Epidemic dropsy in Calcutta - Number 45
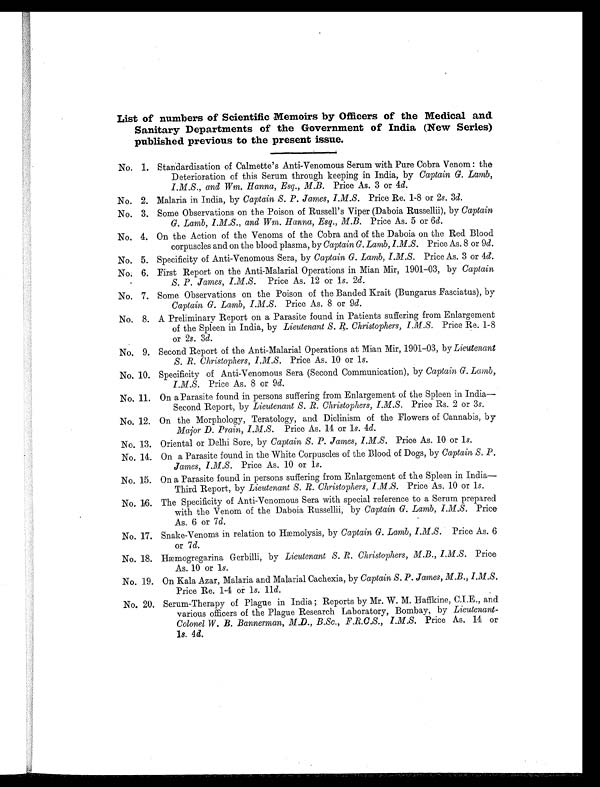
List of numbers of Scientific Memoirs by Officers of the Medical and
Sanitary Departments of the Government of India (New Series)
published previous to the present issue.
No. 1. Standardisation of Calmette's Anti-Venomous Serum with Pure Cobra Venom : the
Deterioration of this Serum through keeping in India, by Captain G. Lamb,
I. M. S., and Wm. Hanna, Esq., M.B. Price As. 3 or 4d.
No. 2. Malaria in India, by Captain S. P. James, I. M. S. Price Re. 1-8 or 2 s. 3d.
No. 3. Some Observations on the Poison of Russell's Viper (Daboia Russellii), by Captain
G. Lamb, I.M.S., and Wm. Hanna, Esq., M.B. Price As. 5 or 6 d.
No. 4. On the Action of the Venoms of the Cobra and of the Daboia on the Red Blood
corpuscles and on the blood plasma, by Captain G. Lamb, I. M. S . Price As. 8 or 9 d .
No. 5. Specificity of Anti-Venomous Sera, by Captain G. Lamb, I.M.S. Price As. 3 or 4 d.
No: 6. First Report on the Anti-Malarial Operations in Mian Mir, 1901-03, by Captain
S. P. James, I.M.S. Price As. 12 or 1 s. 2d .
No. 7. Some Observations on the Poison of the Banded Krait (Bungarus Fasciatus), by
Captain G. Lamb, I.M.S. Price As. 8 or 9d .
No. 8. A Preliminary Report on a Parasite found in Patients suffering from Enlargement
of the Spleen in India, by Lieutenant S. R. Christophers, I.M.S. Price Re. 1-8
or 2s . 3d.
No. 9. Second Report of the Anti-Malarial Operations at Mian Mir, 1901-03, by Lieutenant
S. R. Christophers, I.M.S. Price As. 10 or 1 s.
No. 10. Specificity of Anti-Venomous Sera (Second Communication), by Captain G. Lamb,
I.M.S. Price As. 8 or 9 d.
No. 11. On a Parasite found in persons suffering from Enlargement of the Spleen in India
—Second Report, by Lieutenant S. R. Christophers, I.M.s. Price Rs. 2 or 3s.
No. 12. On the Morphology, Teratology, and Diclinism of the Flowers of Cannabis, by
Major D. Prain, I.M.S. Price As. 14 or 1s. 4d.
No. 13. Oriental or Delhi Sore, by Captain S. P. James, I. M. S. Price As. 10 or 1s.
No. 14. On a Parasite found in the White Corpuscles of the Blood of Dogs, by Captain S. P.
James, I.M.S. Price As. 10 or 1 s.
No. 15. On a Parasite found in persons suffering from Enlargement of the Spleen in India
—Third Report, by Lieutenant S. R. Christophers, I. M. S. Price As. 10 or 1s.
No. 16. The Specificity of Anti-Venomous Sera with special reference to a Serum prepared
with the Venom of the Daboia Russellii, by Captain G. Lamb, I. M. S. Price
As. 6 or 7 d.
No. 17. Snake-Venoms in relation to Hæmolysis, by Captain G. Lamb, I. M. S. Price As. 6
or 7 d.
No. 18. Hæmogregarina Gerbilli, by Lieutenant S. R. Christophers, M.B., I. M. S. Price
As. 10 or 1s.
No. 19. On Kala Azar, Malaria and Malarial Cachexia, by Captain S. P. James, M.B., I.M.S.
Price Re. 1-4 or 1 s. 11d.
No. 20. Serum-Therapy of Plague in India ; Reports by Mr. W. M. Haffkine, C.I.E., and
various officers of the Plague Research Laboratory, Bombay, by Lieutenant-
Colonel W. B. Bannerman, M.D., B.Sc., F.R.C.S., I.M.S. Price As. 14 or
1
s. 4 d.